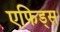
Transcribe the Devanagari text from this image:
एफिड्स